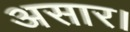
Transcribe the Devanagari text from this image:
असार।